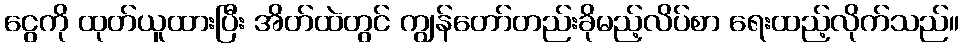
ငွေကို ထုတ်ယူထားပြီး အိတ်ထဲတွင် ကျွန်တော်တည်းခိုမည့်လိပ်စာ ရေးထည့်လိုက်သည်။